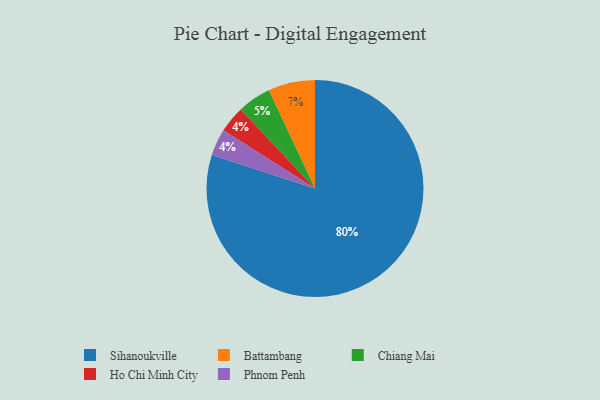
{"axis": {"x": "Category", "y": "Percentage"}, "legend": ["Battambang", "Chiang Mai", "Ho Chi Minh City", "Phnom Penh", "Sihanoukville"], "data": [{"x": "Chiang Mai", "y": 5, "type": "Chiang Mai"}, {"x": "Ho Chi Minh City", "y": 4, "type": "Ho Chi Minh City"}, {"x": "Sihanoukville", "y": 80, "type": "Sihanoukville"}, {"x": "Battambang", "y": 7, "type": "Battambang"}, {"x": "Phnom Penh", "y": 4, "type": "Phnom Penh"}]}